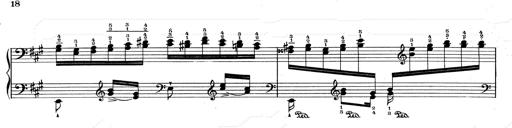
Title: RÃ©miniscences de Don Juan
Composer: Franz Liszt